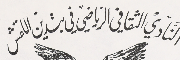
النَادي الثقافي الرياضي في بتدين اللقش